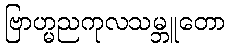
ဗြာဟ္မညကုလသမ္ဘူတော